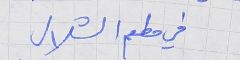
في مطعم الشلال